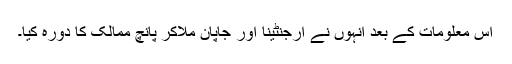
اس معلومات کے بعد انہوں نے ارجنٹینا اور جاپان ملاکر پانچ ممالک کا دورہ کیا۔